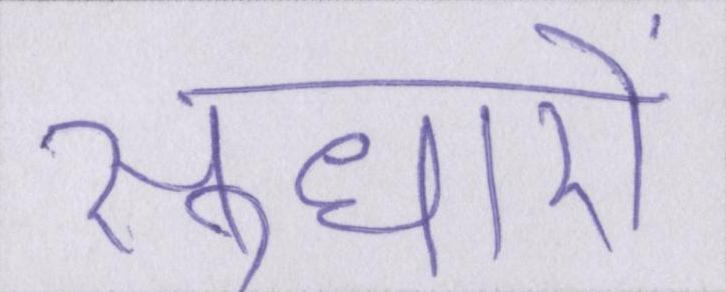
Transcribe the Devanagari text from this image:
सुधारों